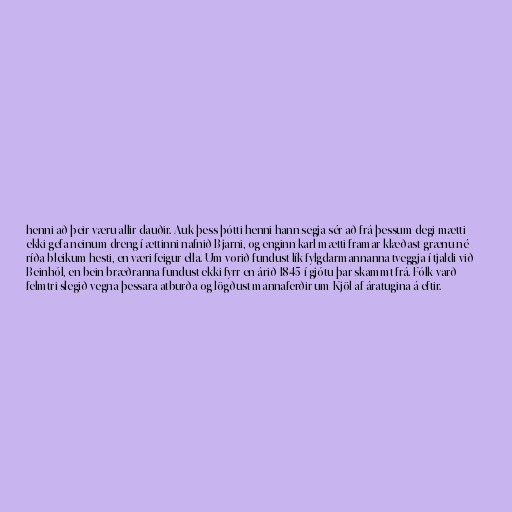
henni að þeir væru allir dauðir. Auk þess þótti henni hann segja sér að frá þessum degi mætti
ekki gefa neinum dreng í ættinni nafnið Bjarni, og enginn karl mætti framar klæðast grænu né
ríða bleikum hesti, en væri feigur ella. Um vorið fundust lík fylgdarmannanna tveggja í tjaldi við
Beinhól, en bein bræðranna fundust ekki fyrr en árið 1845 í gjótu þar skammt frá. Fólk varð
felmtri slegið vegna þessara atburða og lögðust mannaferðir um Kjöl af áratugina á eftir.